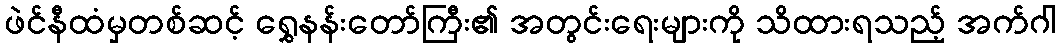
ဖဲင်နီထံမှတစ်ဆင့် ရွှေနန်းတော်ကြီး၏ အတွင်းရေးများကို သိထားရသည့် အက်ဂါ